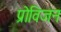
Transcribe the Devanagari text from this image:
प्रोविजन